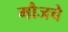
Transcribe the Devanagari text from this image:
मौजचे